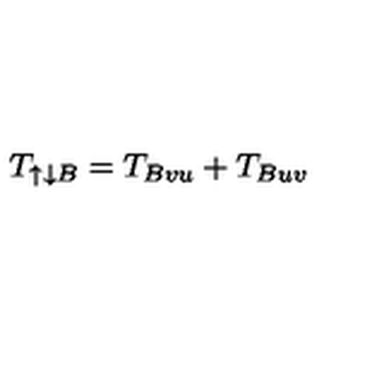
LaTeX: T _ { \uparrow \downarrow B } = T _ { B v u } + T _ { B u v }